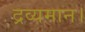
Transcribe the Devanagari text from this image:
द्रव्यमान।